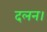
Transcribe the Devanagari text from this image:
दलन।